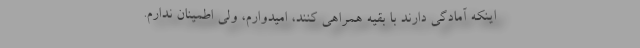
اینکه آمادگی دارند با بقیه همراهی کنند، امیدوارم، ولی اطمینان ندارم.